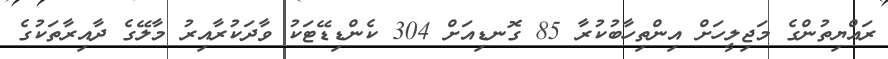
ރައްޔިތުންގެ މަޖިލީހަށް އިންތިހާބުކުރާ 85 ގޮނޑިއަށް 304 ކެންޑިޑޭޓަކު ވާދަކުރާއިރު މާލޭގެ ދާއިރާތަކުގެ